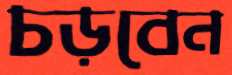
চড়বেন